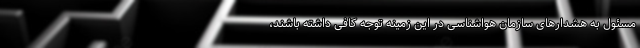
مسئول به هشدارهای سازمان هواشناسی در این زمینه توجه کافی داشته باشند،